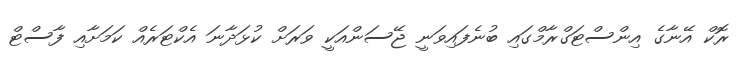
ރޮކް އޭނާގެ އިންސްޓަގްރާމްގައި ބުނެފައިވަނީ ޖޭސަންއަކީ ވަރަށް ކުޅަދާނަ އެކްޓަރެއް ކަމަށާއި ފާސްޓް